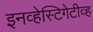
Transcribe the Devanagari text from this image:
इनव्हेस्टिगेटीव्ह